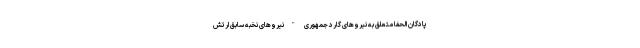
پادگان الحفا متعلق به نیروهای گارد جمهوری "نیروهای نخبه سابق ارتش